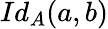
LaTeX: Id_{A}(a,b)